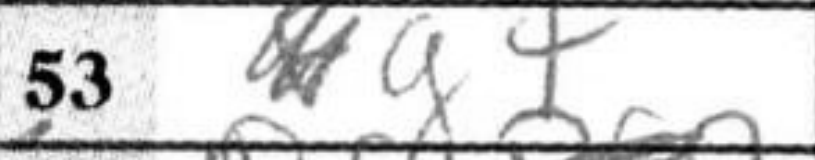
Transcription: g7